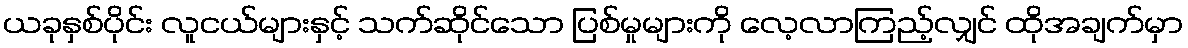
ယခုနှစ်ပိုင်း လူငယ်များနှင့် သက်ဆိုင်သော ပြစ်မှုများကို လေ့လာကြည့်လျှင် ထိုအချက်မှာ